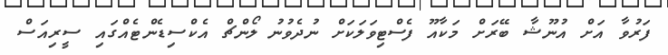
ފަރުވާ އަށް އުނޫޝާ ބޭރަށް މަކާއޫ ފެސްޓިވަލަކަށް ނުދެވުނު ލޯންޗް އެކްސިޑެންޓެއްގައި ސީރިއަސް